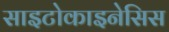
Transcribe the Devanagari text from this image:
साइटोकाइनेसिस